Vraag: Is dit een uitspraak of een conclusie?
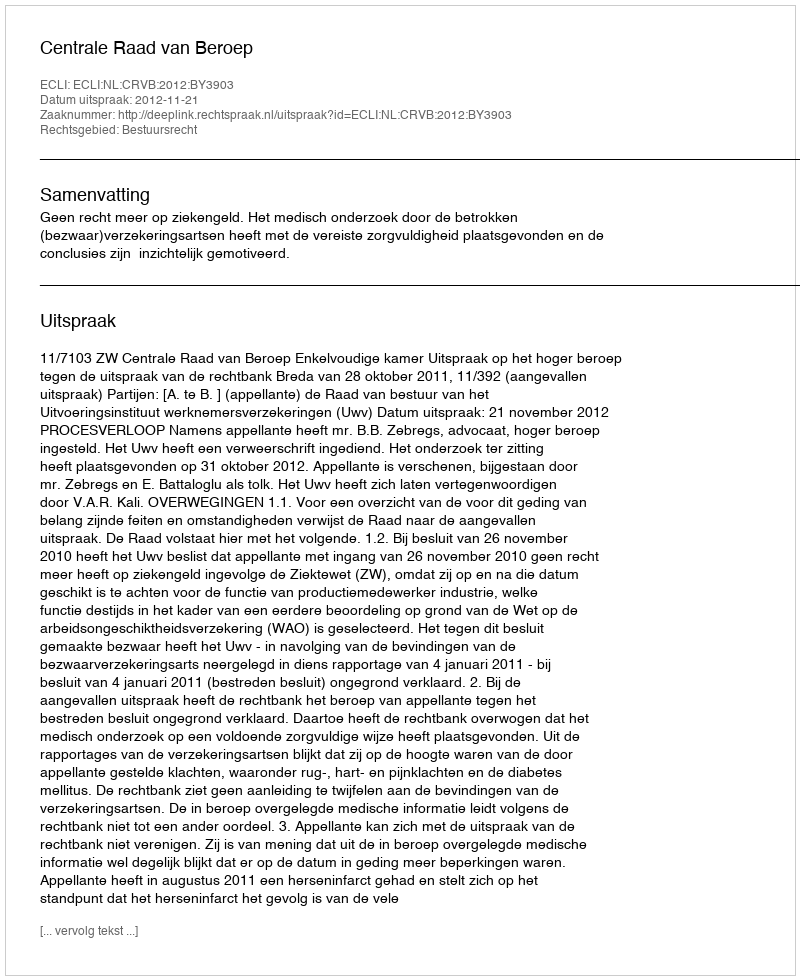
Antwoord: Uitspraak